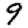
Digit: 9